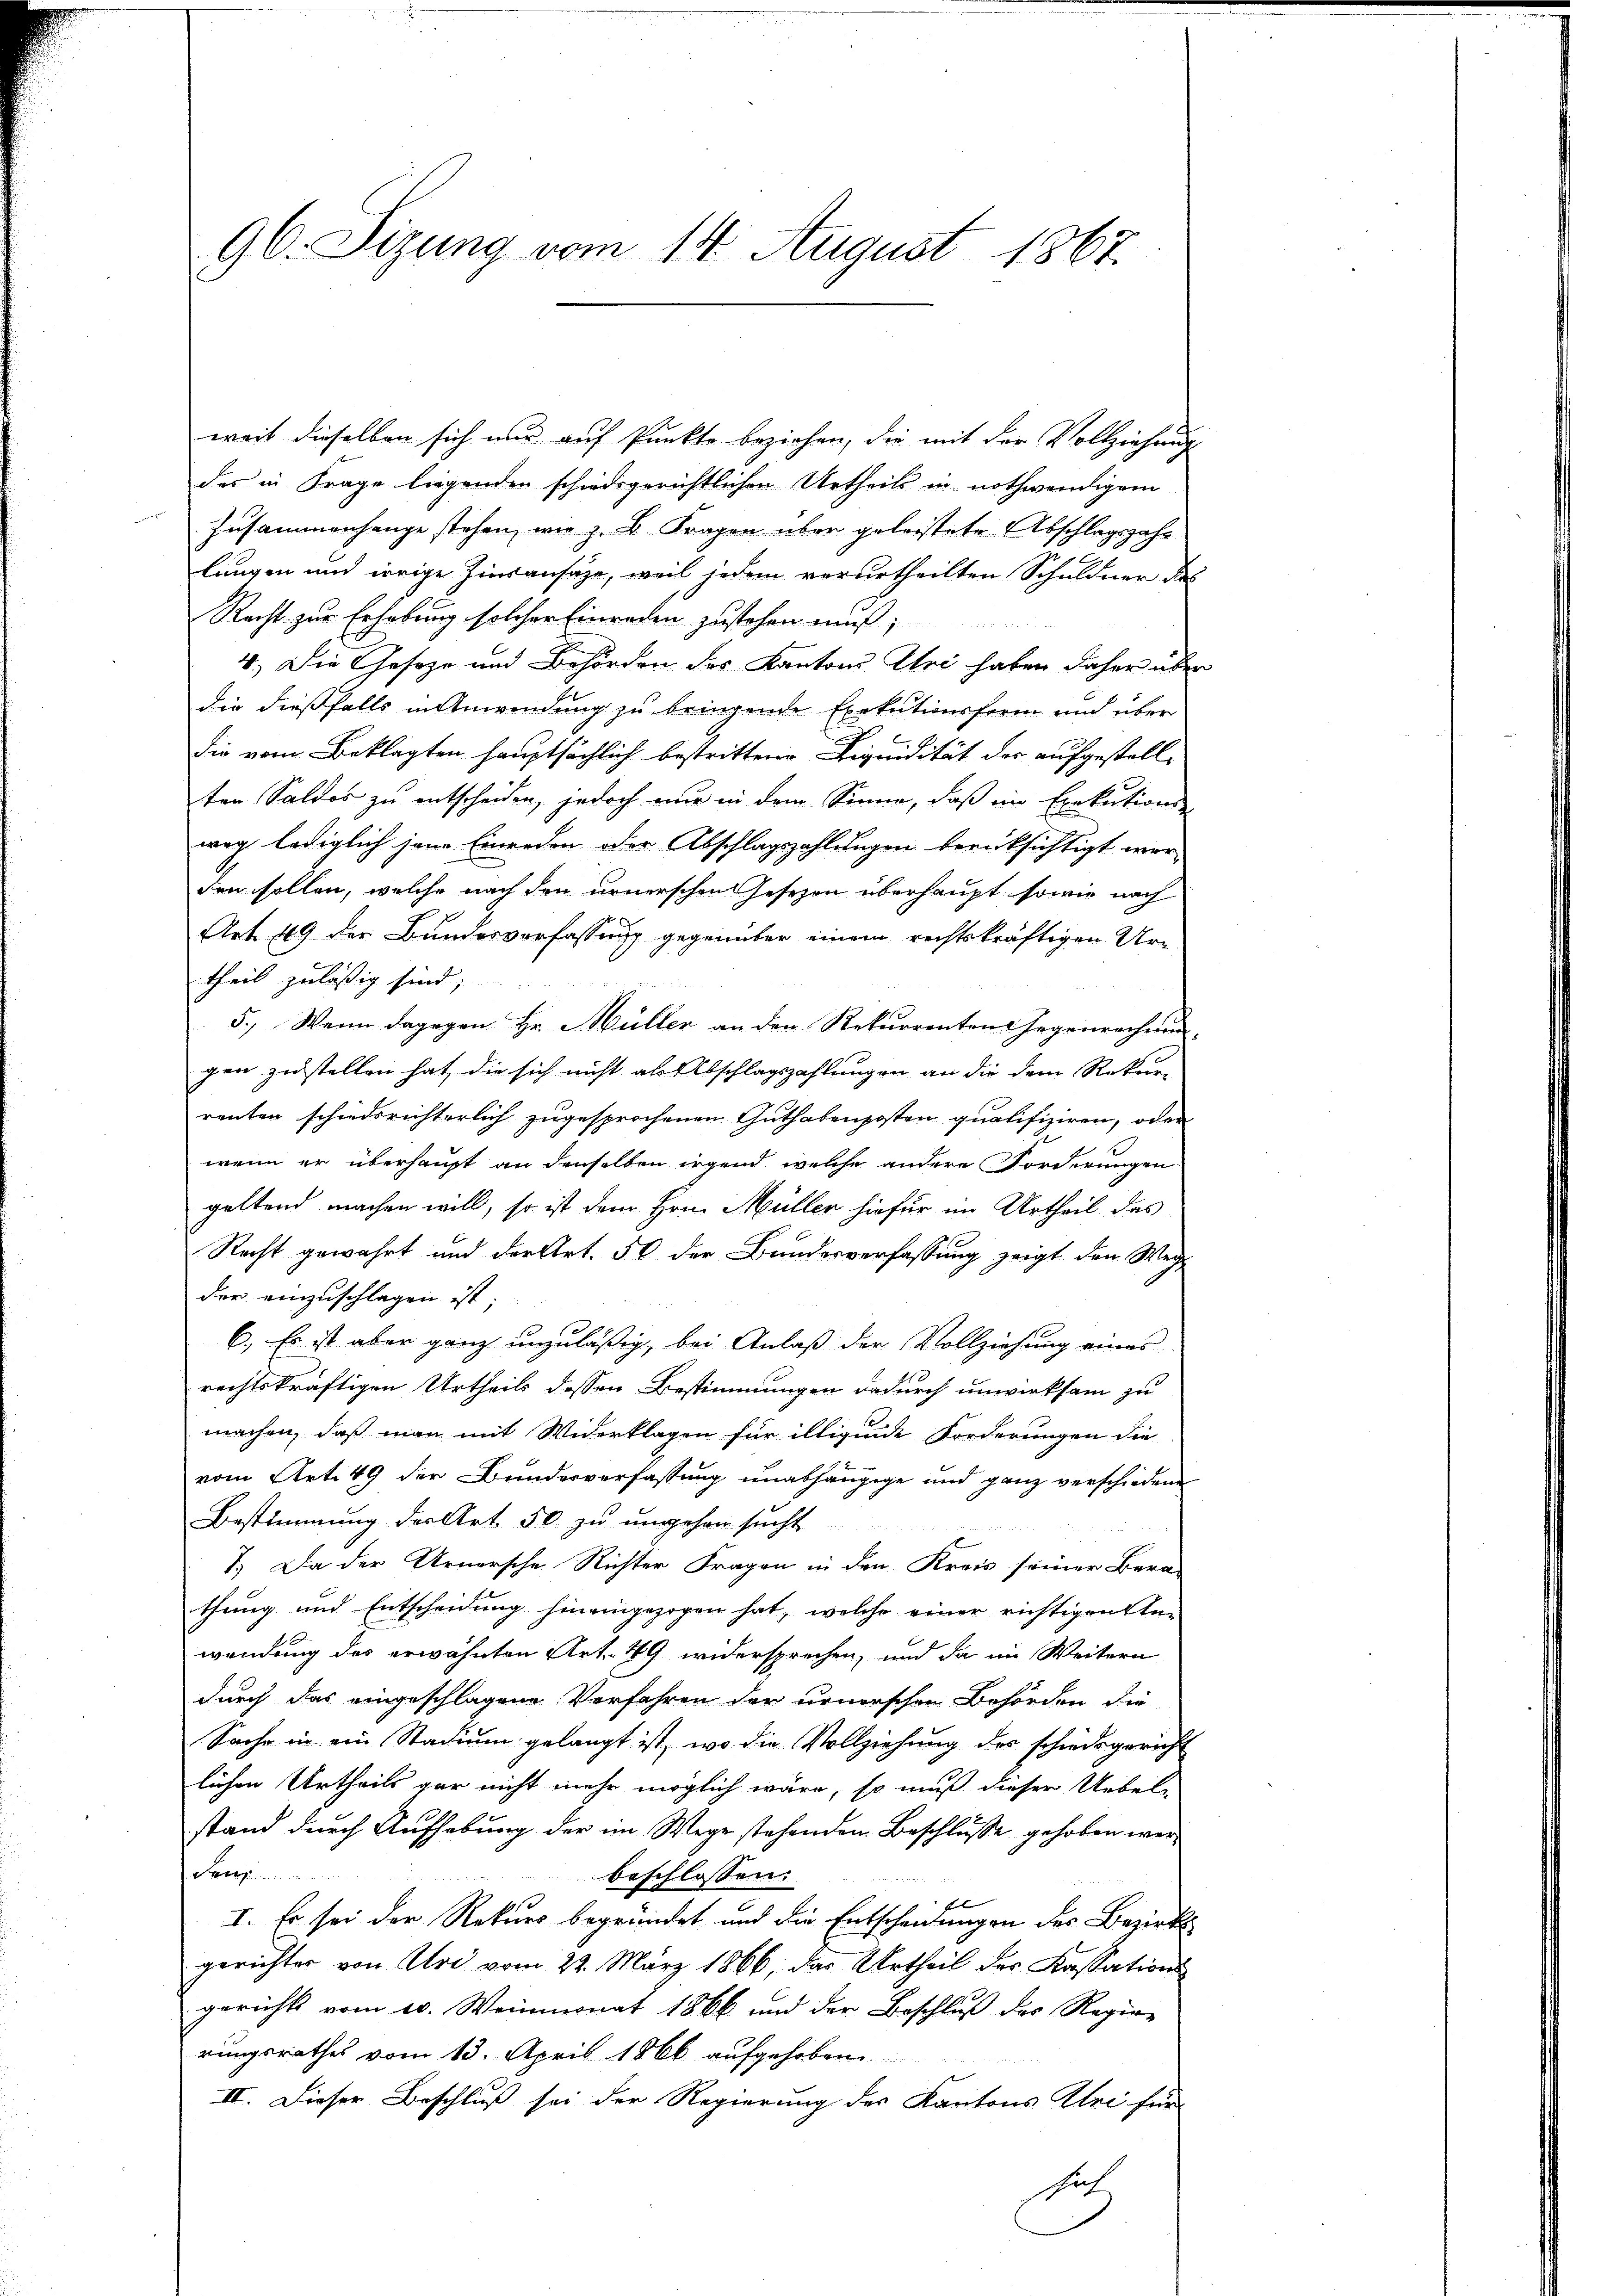
96. Sizung vom 14. August 1867.

weit dieselben sich nur auf Punkte beziehen, die mit der Vollziehung
das in Frage liegenden schiedsgerichtlichen Urtheils in nothwendigem
c
Zusammenhange stehen, wie z. B. Fragen über geleistete Abschlagszahlungen und irrige Einsansätze, weil jedem verurtheilten Schuldner des
Recht zur Erhebung solcher Einreden zustehen muß;

4.) Die Geseze und Behörden des Kantons Uri haben daher über
die diessfalls in Anwendung zu bringende Exekutionsform und über
Sie vom Beklagten hauptsächlich bestrittene Liquidität der aufgestellten Saldos zu entscheiden, jedoch nur in dem Sinne, daß in Exekutions-
weg lediglich jene Einreden oder Abschlagszahlungen berücksichtigt wer-
den sollen, welche nach den urnerschen Gesezen überhaupt sowie nach
Art. 49 der Bundesverfassung gegenüber einem rechtskräftigen Urtheil zulässig sind;
2
5.) Wenn dagegen Hr. Müller an den Rekurrenten Gegenrechnung
gen zustellen hat, die sich nicht als Abschlagszahlungen an die dem Rekur-
renten schiedsrichterlich zugesprochenen Guthabenposten qualifiziren, oder
wenn er überhaupt an denselben irgend, welche andere Forderungen
geltend machen will, so ist dem Hrn. Müller hiefür im Urtheil das
Recht gewahrt und der Art. 50 der Bundesverfassung zeigt den Weg
der einzuschlagen ist;
6. Es ist aber ganz unzuläßig, bei Anlaß der Vollziehung eines
rechtskräftigen Urtheils dessen Bestimmungen dadurch unwirksam zu
machen, daß man mit Widerklagen für illigende Forderungen die
vom Art. 49 der Bundesverfassung unabhängige und ganz verschiedene
Bestimmung der Art. 50 zu ungehen sucht
7.) Da der Urnersche Richter Fragen in den Kreis seiner Bera-
thung und Entscheidung hineingezogen hat, welche einer richtigen An-
wendung des erwähnten Art. 49 widersprechen, und da im Weitern
durch das eingeschlagene Verfahren der urnischen Behörden die
Sache in ein Stadium gelangt ist, wo die Vollziehung des schiedsgericht
lichen Urtheils gar nicht mehr möglich wäre, so muß dieser Uebel-
stand durch Aufhebung der im Wege stehenden Beschlüsse gehoben wer¬
Lanz
beschlossen:
I. Es sei der Rekurs begründet und die Entscheidungen des Bezirks
gerichter von Uri vom 22. März 1866, das Urtheil des Kassations
gerichts vom 10. Weinmonat 1866 und der Beschlŭβ der Regier
rungsrathes vom 13. April 1866 aufgehoben.
II. Dieser Beschluß sei der Regierung des Kantons Uri für
such